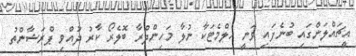
އީޗައްލަންގައި ބުނެފައި ވަނީ ހެލްމެޓަކާ ނުލާ މަހިންދްރާ ބޮލެރޯ ކާރު ދުއްވި ޕްރަޝާންތު